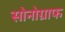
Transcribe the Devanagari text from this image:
सोनोग्राफ